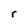
Character: r